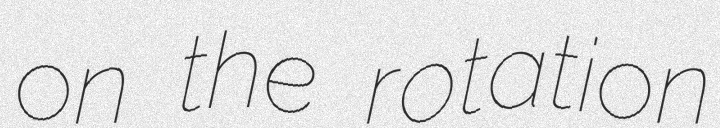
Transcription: on the rotation